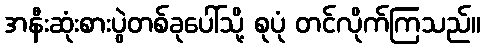
အနီးဆုံးစားပွဲတစ်ခုပေါ်သို့ စုပုံ တင်လိုက်ကြသည်။